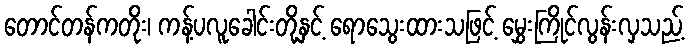
တောင်တန်ကတိုး၊ ကန့်ပလူခေါင်းတို့နှင့် ရောသွေးထားသဖြင့် မွှေးကြိုင်လွန်းလှသည့်